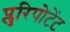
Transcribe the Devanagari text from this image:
प्लुरिपोटेंट